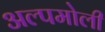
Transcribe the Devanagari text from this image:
अल्पमोली